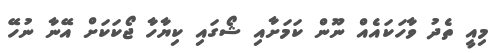
މިއީ ތެދު ވާހަކައެއް ނޫން ކަމަށާއި ޝޯގައި ކިޔާހާ ޖޯކަކަށް އޭނާ ނުހޭ